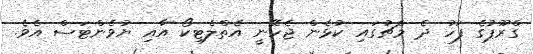
ގްރޫޕުގެ ފަހު ދެ މެޗުގައި ކުޅެން ޖެހޭނީ އެތްލެޓިކޯ އާއި ޔުވެންޓަސް އެވެ.